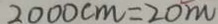
2 0 0 0 c m = 2 0 m